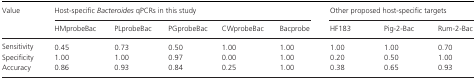
| <ROWSPAN=2> Value | <COLSPAN=5> Host‐specific Bacteroides qPCRs in this study | <COLSPAN=3> Other proposed host‐specific targets |
 | HMprobeBac | PLprobeBac | PGprobeBac | CWprobeBac | Bacprobe | HF183 | Pig‐2‐Bac | Rum‐2‐Bac |
 | --- | --- | --- | --- | --- | --- | --- | --- | --- |
 | Sensitivity | 0.45 | 0.73 | 0.50 | 1.00 | 1.00 | 1.00 | 1.00 | 0.70 |
 | Specificity | 1.00 | 1.00 | 0.97 | 0.00 | 1.00 | 0.20 | 0.50 | 1.00 |
 | Accuracy | 0.86 | 0.93 | 0.84 | 0.25 | 1.00 | 0.38 | 0.65 | 0.93 |